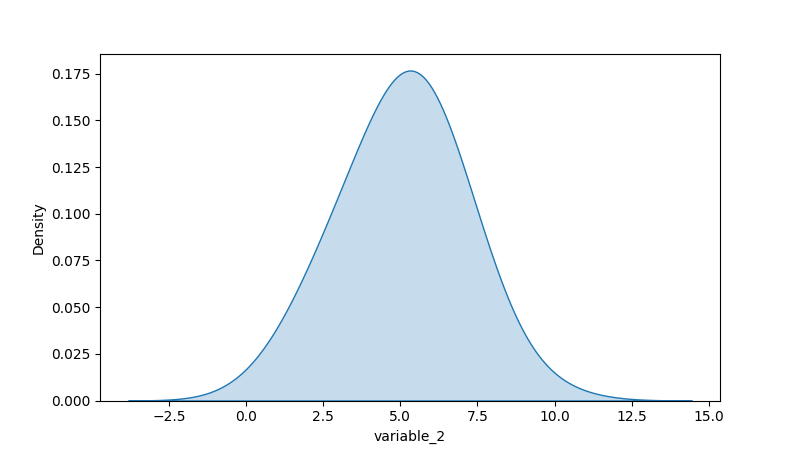
python, seaborn, kdeplot, hue='None', fill=True, bw_adjust=2.0